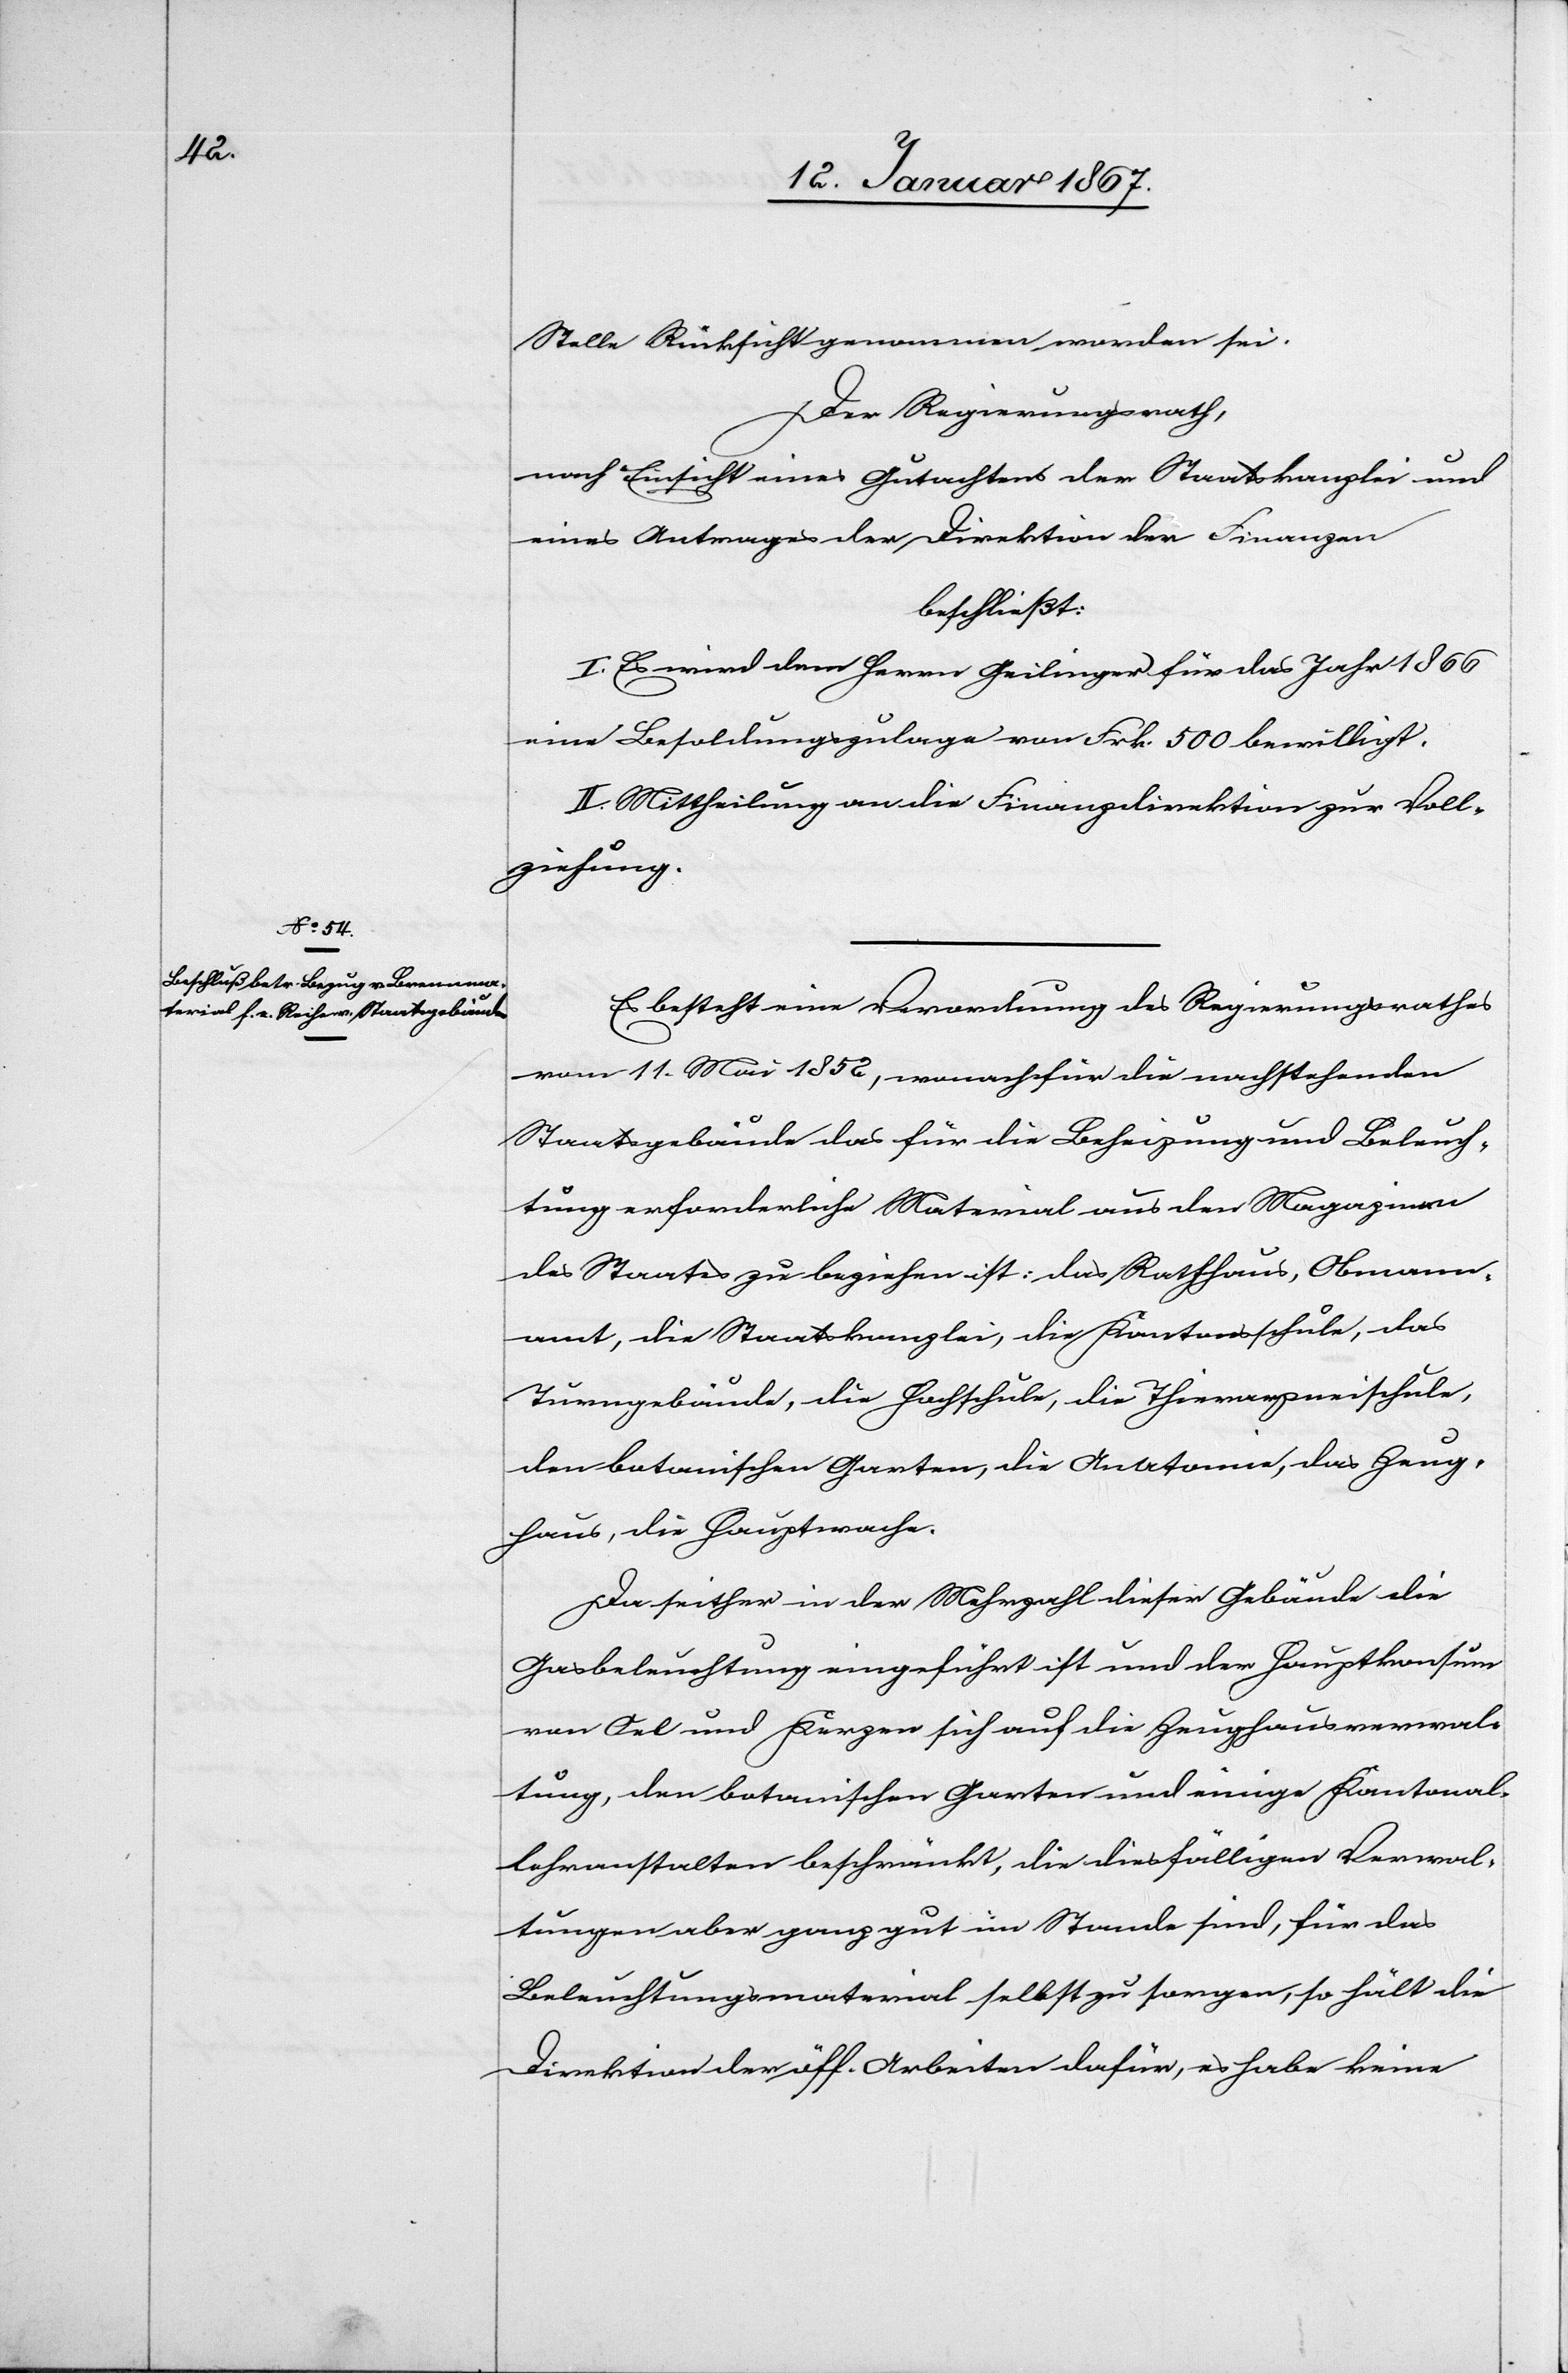
Stelle Rücksicht genommen worden sei.
Der Regierungsrath,
nach Einsicht eines Gutachtens der Staatskanzlei und
eines Antrages der Direktion der Finanzen
beschließt:
I. Es wird dem Herr Geilinger für das Jahr 1866
eine Besoldungszulage von Frk. 500 bewilligt.
II. Mittheilung an die Finanzdirektion zur Voll¬
ziehung.
Es besteht eine Verwendung des Regierungsrathes
vom 11. Mai 1852, wonach für die nachstehenden
Staatsgebäude das für die Beheizung und Beleuch¬
tung erforderliche Material aus den Magazinen
des Staates zu beziehen ist: das Rathhaus, Obmann¬
amt, die Staatskanzlei, die Kantonsschule, das
Turngebäude, die Hochschule, die Thierarzneischule,
den botanischen Garten, die Anatomie, das Zeug¬
haus, die Hauptwache.
Da seither in der Mehrzahl dieser Gebäude die
Gasbeleuchtung eingeführt ist und der Hauptkonsum
von Oel und Kerzen sich auf die Zeughausverwal¬
tung, den botanischen Garten und einige Kantonal¬
lehranstalten beschränkt, die diesfälligen Verwal¬
tungen aber ganz gut im Stande sind, für das
Beleuchtungsmaterial selbst zu sorgen, so hält die
Direktion der öff. Arbeiten dafür, es habe keine